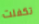
تكفلت